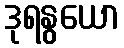
ဒုရနွယော